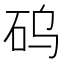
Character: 𱳳